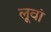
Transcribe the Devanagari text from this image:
लूवां